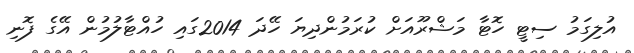
އުލިގަމު ސިޓީ ހޮޓާ މަޝްރޫއަށް ކުރަމުންދިޔަ ހޭދަ 2014ގައި ހުއްޓާލުމުން އޭގެ ފޮނި